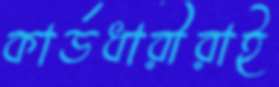
কার্ডধারীরাই